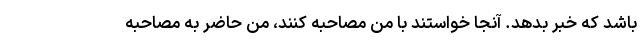
باشد که خبر بدهد. آنجا خواستند با من مصاحبه کنند، من حاضر به مصاحبه